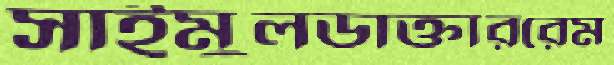
সাইমুলডাক্তাররেম